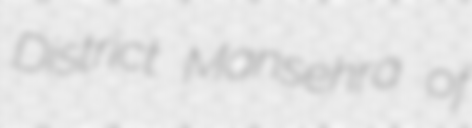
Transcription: District Mansehra of